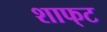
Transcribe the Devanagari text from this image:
शाफ्‌ट